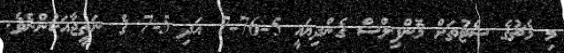
މި މެޗުގެ ސެޓުތަށް މޮންފިލްސް ގެންދިޔައީ 5-76-7 އަދި 5-7 ގެ ނަތީޖާއަކުންނެވެ.